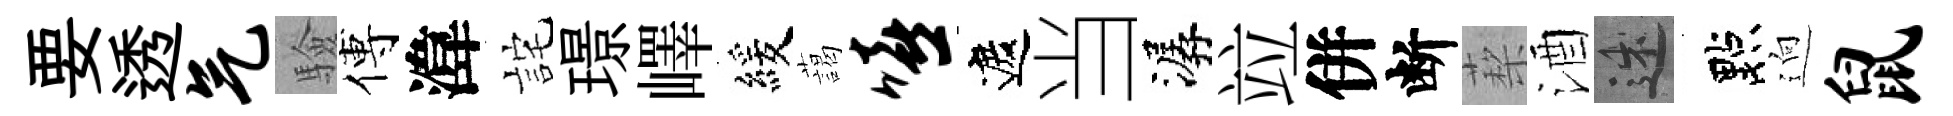
要透气驗傅湋詫璟嶧緩藹嘻遮当潺竝併断蔾酒述點逈鼠